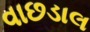
વાછડાલ